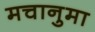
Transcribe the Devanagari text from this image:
मचानुमा